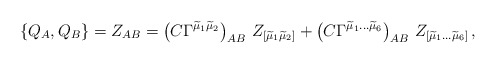
\begin{align*} \{ Q_A, Q_B \} = Z_{AB} = \left(C\Gamma^{\widetilde{\mu}_1\widetilde{\mu}_2}\right)_{AB}\, Z_{[\widetilde{\mu}_1\widetilde{\mu}_2]} + \left(C\Gamma^{\widetilde{\mu}_1 \ldots \widetilde{\mu}_6}\right)_{AB}\, Z_{[\widetilde{\mu}_1 \ldots \widetilde{\mu}_6]} \, ,\end{align*}